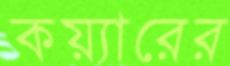
কয়্যারের